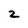
Character: 2